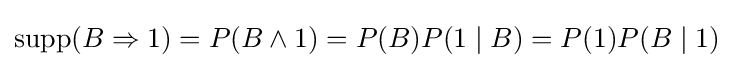
\operatorname {supp} (B\Rightarrow 1)=P(B\land 1)=P(B)P(1\mid B)=P(1)P(B\mid 1)